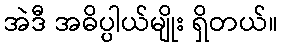
အဲဒီ အဓိပ္ပါယ်မျိုး ရှိတယ်။